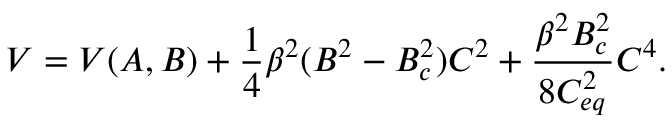
V = V ( A , B ) + \frac { 1 } { 4 } \beta ^ { 2 } ( B ^ { 2 } - B _ { c } ^ { 2 } ) C ^ { 2 } + \frac { \beta ^ { 2 } B _ { c } ^ { 2 } } { 8 C _ { e q } ^ { 2 } } C ^ { 4 } .